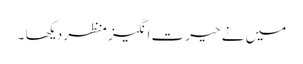
میں نے حیرت انگیز منظر دیکھا ۔